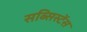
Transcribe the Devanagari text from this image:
सब्सिस्टेंस